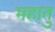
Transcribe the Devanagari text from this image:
महातु